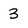
Character: 3